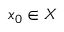
x _ { 0 } \in X